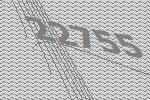
22755